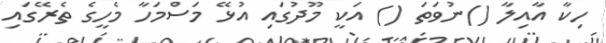
ހިކާ އާއިލާ ()ނުވަތަ () އަކީ މޫދުގައި އުޅޭ މަސްމަހާ މެހީގެ ތެރޭގައި